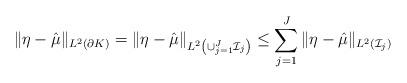
LaTeX: \begin{align*}\Vert \eta- \hat{\mu} \Vert_{L^2(\partial K)}= \Vert \eta- \hat{\mu} \Vert_{L^2 \left( \cup_{j=1}^{J} \mathcal{I}_j \right)}\le \sum_{j=1}^{J} \Vert \eta- \hat{\mu} \Vert_{L^2 \left( \mathcal{I}_j \right)}\end{align*}